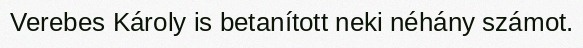
Verebes Károly is betanított neki néhány számot.